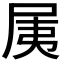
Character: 𡱐